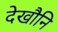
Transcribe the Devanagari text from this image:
देखौनि